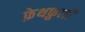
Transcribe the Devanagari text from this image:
फ़ेथफ़ुली